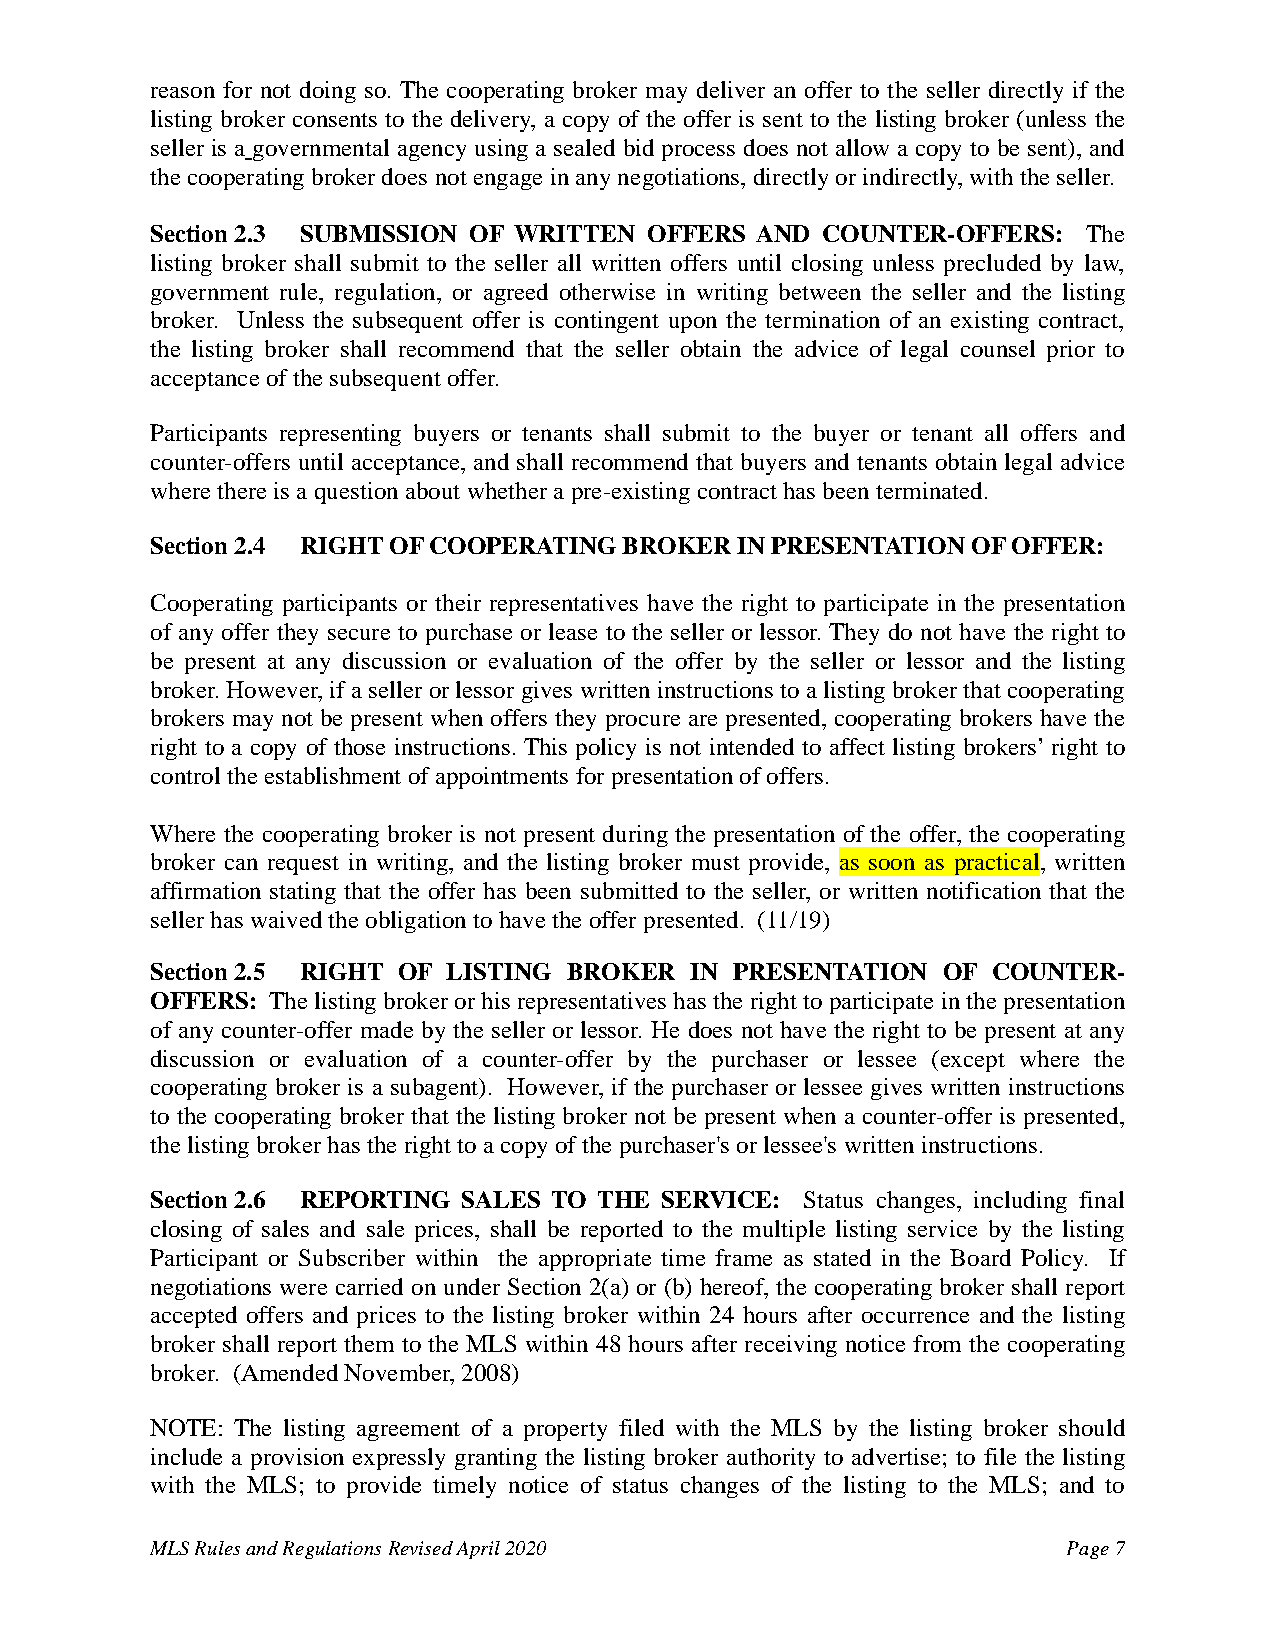
reason for not doing so. The cooperating broker may deliver an offer to the seller directly if the
 listing broker consents to the delivery, a copy of the offer is sent to the listing broker (unless the
 seller is a governmental agency using a sealed bid process does not allow a copy to be sent), and
 the cooperating broker does not engage in any negotiations, directly or indirectly, with the seller.
 Section 2.3 SUBMISSION OF WRITTEN OFFERS AND COUNTER-OFFERS:  The
 listing broker shall submit to the seller all written offers until closing unless precluded by law,
 government rule, regulation, or agreed otherwise in writing between the seller and the listing
 broker. Unless the subsequent offer is contingent upon the termination of an existing contract,
 the listing broker shall recommend that the seller obtain the advice of legal counsel prior to
 acceptance of the subsequent offer.
 Participants representing buyers or tenants shall submit to the buyer or tenant all offers and
 counter-offers until acceptance, and shall recommend that buyers and tenants obtain legal advice
 where there is a question about whether a pre-existing contract has been terminated.
 Section 2.4 RIGHT OF COOPERATING BROKER IN PRESENTATION OF OFFER:
 Cooperating participants or their representatives have the right to participate in the presentation
 of any offer they secure to purchase or lease to the seller or lessor. They do not have the right to
 be present at any discussion or evaluation of the offer by the seller or lessor and the listing
 broker. However, if a seller or lessor gives written instructions to a listing broker that cooperating
 brokers may not be present when offers they procure are presented, cooperating brokers have the
 right to a copy of those instructions. This policy is not intended to affect listing brokers’ right to
 control the establishment of appointments for presentation of offers.
 Where the cooperating broker is not present during the presentation of the offer, the cooperating
 broker can request in writing, and the listing broker must provide, as soon as practical, written
 affirmation stating that the offer has been submitted to the seller, or written notification that the
 seller has waived the obligation to have the offer presented. (11/19)
 Section 2.5 RIGHT OF LISTING BROKER IN PRESENTATION OF  COUNTER-
 OFFERS: The listing broker or his representatives has the right to participate in the presentation
 of any counter-offer made by the seller or lessor. He does not have the right to be present at any
 discussion or evaluation of a counter-offer by the purchaser or lessee (except where the
 cooperating broker is a subagent). However, if the purchaser or lessee gives written instructions
 to the cooperating broker that the listing broker not be present when a counter-offer is presented,
 the listing broker has the right to a copy of the purchaser's or lessee's written instructions.
 Section 2.6 REPORTING SALES TO THE SERVICE: Status changes, including final
 closing of sales and sale prices, shall be reported to the multiple listing service by the listing
 Participant or Subscriber within the appropriate time frame as stated in the Board Policy. If
 negotiations were carried on under Section 2(a) or (b) hereof, the cooperating broker shall report
 accepted offers and prices to the listing broker within 24 hours after occurrence and the listing
 broker shall report them to the MLS within 48 hours after receiving notice from the cooperating
 broker. (Amended November, 2008)
 NOTE: The listing agreement of a property filed with the MLS by the listing broker should
 include a provision expressly granting the listing broker authority to advertise; to file the listing
 with the MLS; to provide timely notice of status changes of the listing to the MLS; and to
 MLS Rules and Regulations Revised April 2020                 Page 7